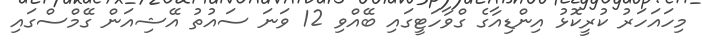
މިހައަހަރު ކުރީކޮޅު އިންޑިއާގެ ގްވާހަޓީގައި ބޭއްވި 12 ވަނަ ސައުތު އޭޝިއަން ގޭމްސްގައި